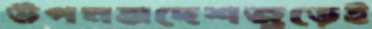
উপমহাদেশজুড়েই